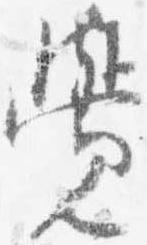
覚